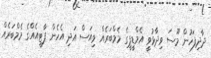
ދާދިފަހުން މޫސަ ވިދާޅުވީ އެމްޑީޕީގެ މެމްބަރެއް ވިއަސް އަދި އެހެން ޕާޓީއެއްގެ މެމްބަރެއް